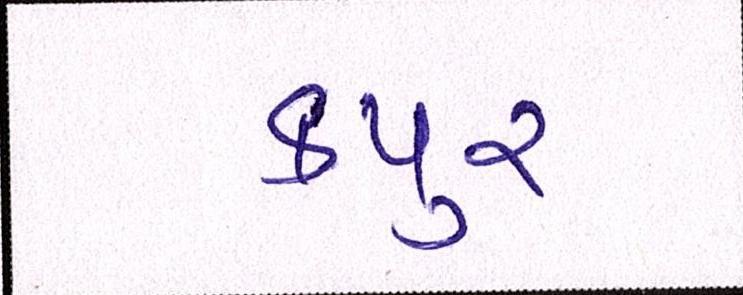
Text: કપુર